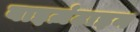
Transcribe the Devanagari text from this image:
बाइज़ंटाइन